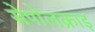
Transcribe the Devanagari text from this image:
सेपोलक्राइ